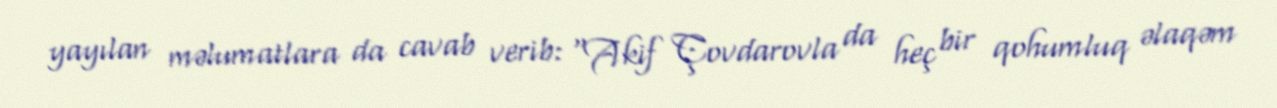
yayılan məlumatlara da cavab verib: “Akif Çovdarovla da heç bir qohumluq əlaqəm